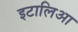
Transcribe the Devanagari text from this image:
इटालिआ